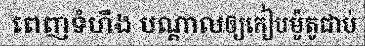
ពេញទំហឹង បណ្តាលឲ្យកៀបម៉ូតូជាប់